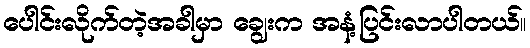
ပေါင်းလိုက်တဲ့အခါမှာ ချွေးက အနံ့ပြင်းလာပါတယ်။